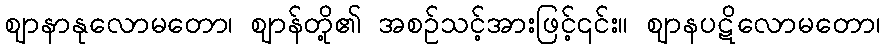
ဈာနာနုလောမတော၊ ဈာန်တို့၏ အစဉ်သင့်အားဖြင့်၎င်း။ ဈာနပဋိလောမတော၊